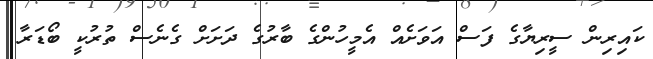
ކައިރިން ސީރިޔާގެ ފަސް އަވަށެއް އެމީހުންގެ ބާރުގެ ދަށަށް ގެނެސް ތުރުކީ ބޯޑަރާ